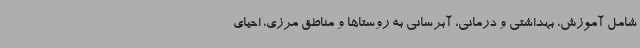
شامل آموزش، بهداشتی و درمانی، آبرسانی به روستاها و مناطق مرزی، احیای